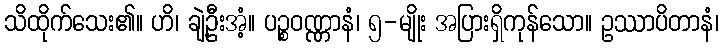
သိထိုက်သေး၏။ ဟိ၊ ချဲ့ဦးအံ့။ ပဉ္စဝဏ္ဏာနံ၊ ၅-မျိုး အပြားရှိကုန်သော။ ဥဿာပိတာနံ၊